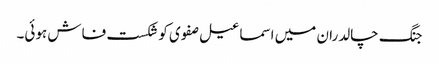
جنگ چالدران میں اسماعیل صفوی کو شکست فاش ہوئی۔